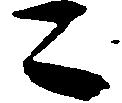
こ